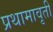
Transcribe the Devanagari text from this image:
प्रथामावृती